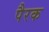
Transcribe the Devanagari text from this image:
पैरक